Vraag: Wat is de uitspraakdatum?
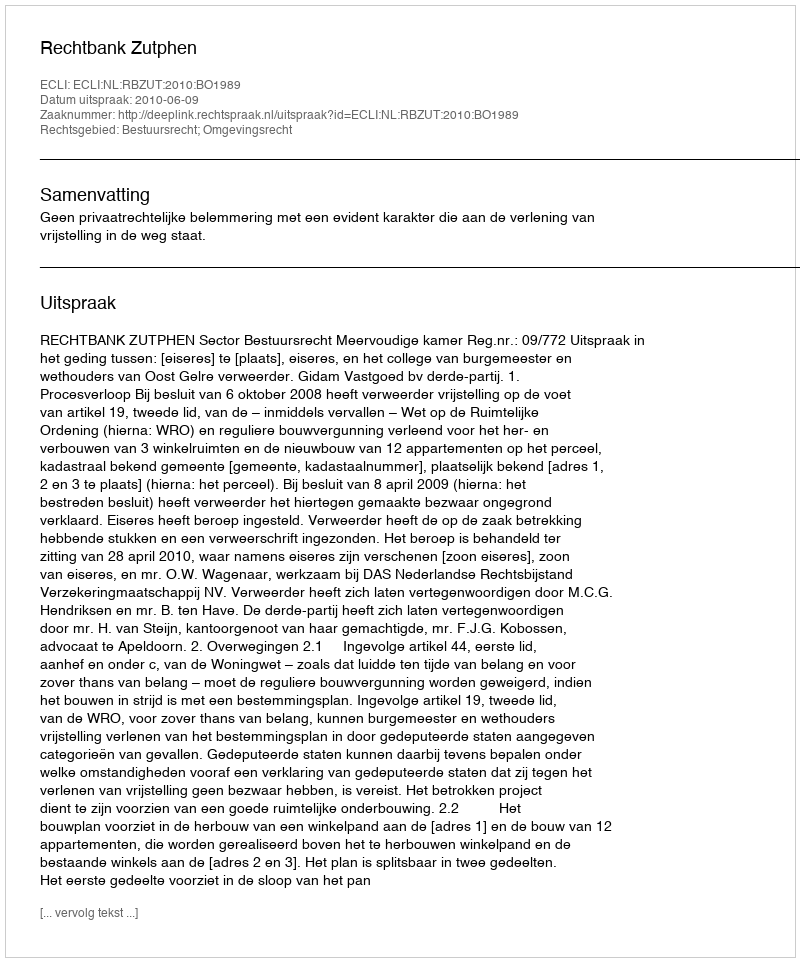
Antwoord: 2010-06-09